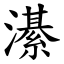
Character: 濝